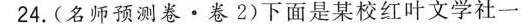
24.（名师预测卷·卷2）下面是某校红叶文学社一